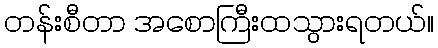
တန်းစီတာ အစောကြီးထသွားရတယ်။